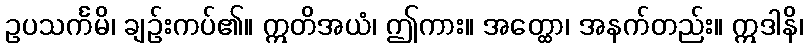
ဥပသင်္ကမိ၊ ချဉ်းကပ်၏။ ဣတိအယံ၊ ဤကား။ အတ္ထော၊ အနက်တည်း။ ဣဒါနိ၊